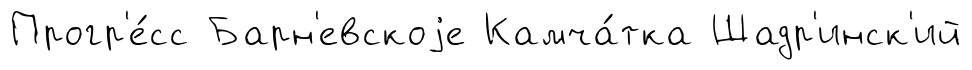
Прогр'е́сс Барн'евскоjе Камча́тка Шадр'инск'ий